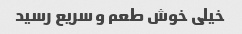
خیلی خوش طعم و سریع رسید